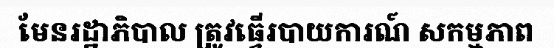
មែនរដ្ឋាភិបាល ត្រូវធ្វើរបាយការណ៍ សកម្មភាព